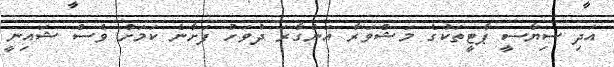
އަދި ސިޔާސީ ޕާޓީތަކުގެ މަޝްވަރާ އަންގާރަ ދުވަހު ފަށާނެ ކަމަށް ވެސް ޝައިނީ